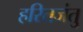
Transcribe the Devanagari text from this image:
हरितजंतु